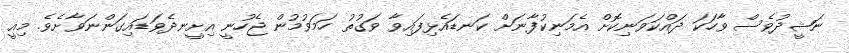
ނަޝީދުވެސް ވާހަކަ ދައްކަވަނިކޮށް އެމަނިކުފާނަށް ކަނޑައެޅިފައިވާ ވަގުތު ހަމަވުމުން ޖެހުނީ އިށީނދެވަޑައިގަންނަވާށެވެ. މިއީ